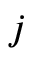
j